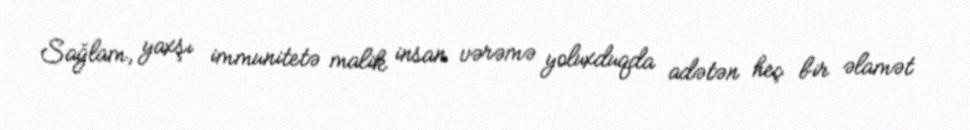
Sağlam, yaxşı immunitetə malik insan vərəmə yoluxduqda adətən heç bir əlamət